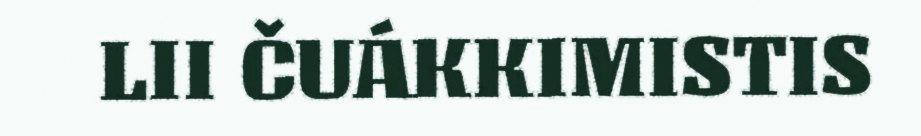
LII ČUÁKKIMISTIS